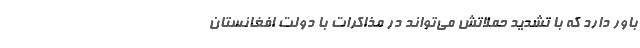
باور دارد که با تشدید حملاتش می‌تواند در مذاکرات با دولت افغانستان